Report on horse surra - Volume II, Part II
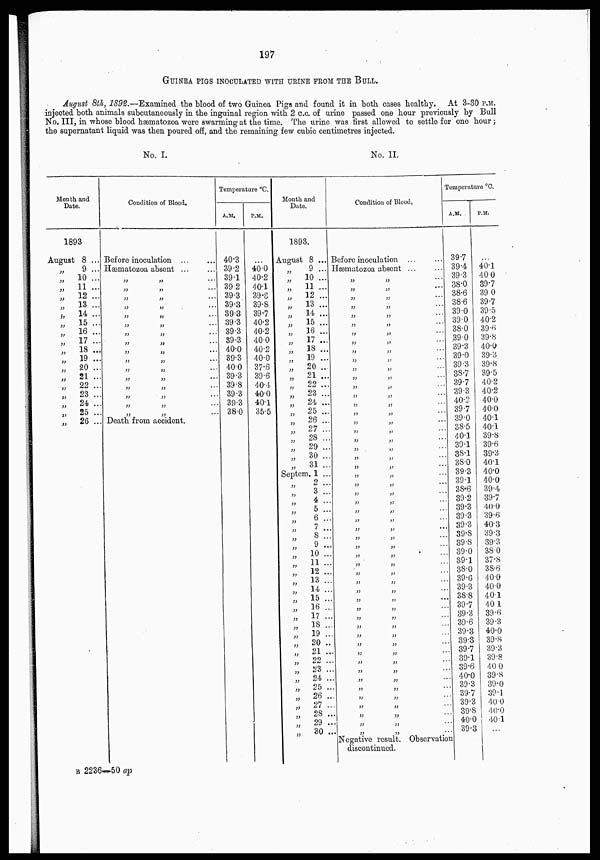
197
GUINEA PIGS INOCULATED WITH URINE FROM THE BULL.
August 8th,1892.—Examined the blood of two Guinea Pigs and found it in both cases healthy. At 3-30 P.M.
injected both animals subcutaneously in the inguinal region with 2 c.c. of urine passed one hour previously by Bull
No. III, in whose blood hæmatozoa were swarming at the time. The urine was first allowed to settle for one hour ;
the supernatant liquid was then poured off, and the remaining few cubic centimetres injected.
No.
I.
No. II.
Month and
Date.
1893
August 8 ...
„ 9 ...
„
10 ...
„
11 ...
„
12 ...
„
13 ...
„
14 ...
„
15 ...
„
16 ...
„
17 ...
„
18 ...
„
19 ...
„
20 ...
„
21 ...
„
22 ...
„
23
...
„
24 ...
„
25 ...
„ 26 ...
Condition of Blood.
Before inoculation
Hæmatozoa absent ...
„
„
...
„ „ ...
„
„
...
„
„ „ ...
„ „ ...
„
„
...
„ „ ...
„ „ ...
„ „ ...
„ „ ...
„ „ ...
„ „ ...
„ „ ...
„ „ ...
Death from accident.
Temperature °C.
A.M.
40.3
39.2
39.1
39.2
39.3
39.3
39.3
39.3
39.3
39.3
40.0
39.3
40.0
39.3
39.8
39.3
39.3
38.0
P.M.
...
40.0
40.2
40.1
39.3
39.8
39.7
40.2
40.2
40.0
40.2
40.0
37.6
39.6
40.4
40.0
40.1
35.5
Month and
Date.
1893.
August 8 ...
„ 9 ...
„
10 ...
„
11 ...
„
12 ...
„
13 ...
„
14 ...
„
15 ...
„
16
...
„
17 ...
„ 18 ...
„
19 ...
„ 20 ...
„
21 ...
„
22 ...
„
23 ...
„
24 ...
„
25 ...
„
26 ...
„ 27...
„
28 ...
„
29 ...
„
30 ...
„
31 ...
Septem. 1 ...
„ 2 ...
„
3 ...
„
4...
„ 5 ...
„ 6 ...
„ 7...
„ 8 ...
„ 9 ...
„
10 ...
„
11 ...
„ 12 ...
„ 13 ...
„ 14 ...
„
15
...
„ 16 ...
„
17 ...
„ 18...
„
19...
„
20 ...
„
21 ...
„
22 ...
„
23 ...
„
24 ...
„
25 ...
„
26 ...
„ 27 ...
„
28 ...
„
29 ...
„
30 ...
Condition of
Blood.
Before inoculation ... ...
Hæmatozoa absent ... ...
„ „ ...
„ „ ...
„ „ ...
„ „ ...
„ „ ...
„ „ ...
...
„ „ ...
„ „ ...
„ „ ...
„ „ ...
„ „ ...
„ „ ...
„ „ ...
„ „ ...
„ „ ...
„ „ ...
„ „ ...
„ „ ...
„ „ ...
„ „ ...
„ „ ...
„ „ ...
„ „ ...
„ „
„ „ ...
„ „
„ „ ...
„ „ ...
„ „ ...
„ „ ...
„ „ ...
„ „ ...
„ „ ...
„ „ ...
„ „ ...
„ „ ...
„ „ ...
„ „ ...
„ „ ...
„ „ ...
„ „ ...
„ „ ...
„ „ ...
„ „ ...
„ „ ...
„ „ ...
„ „ ...
„ „ ...
„ „ ...
„ „ ...
Negative result. Observation
discontinued.
Temperature °C.
A.M.
39.7
39.4
39.3
38.0
38.6
38.6
39.0
39.0
38.0
39.0
39.3
39.0
39.3
38.7
39.7
39.3
40.2
39.7
39.0
38.5
40.1
39.1
38.1
38.0
39.3
39.1
38.6
39.2
39.3
39.3
39.3
39.8
39.8
39.0
39.1
38.0
39.6
39.3
38.8
39.7
39.3
39.6
39.3
39.3
39.7
39.1
39.6
40.0
39.3
39.7
39.3
39.8
40.0
39.3
P.M.
...
40.1
40.0
39.7
39.0
39.7
39.5
40.2
39.6
39.8
40.0
39.3
39.8
39.5
40.2
40.2
40.0
40.0
40.1
40.1
39.8
39.6
39.3
40.1
40.0
40.0
39.4
39.7
40.0
39.6
40.3
39.3
39.3
38.0
37.8
38.6
40.0
40.0
40.1
40.1
39.6
39.3
40.0
39.8
39.3
39.8
40.0
39.8
39.0
39.1
40.0
40.0
40.1
...
B 2236=50 ap